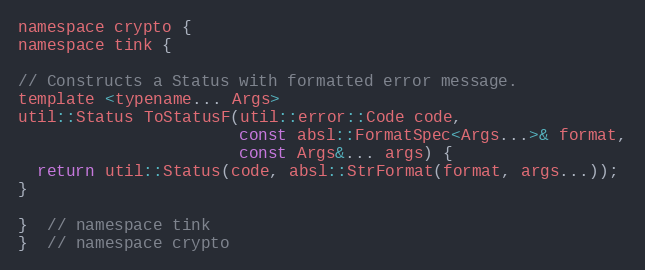
Language: C
namespace crypto {
namespace tink {

// Constructs a Status with formatted error message.
template <typename... Args>
util::Status ToStatusF(util::error::Code code,
                       const absl::FormatSpec<Args...>& format,
                       const Args&... args) {
  return util::Status(code, absl::StrFormat(format, args...));
}

}  // namespace tink
}  // namespace crypto